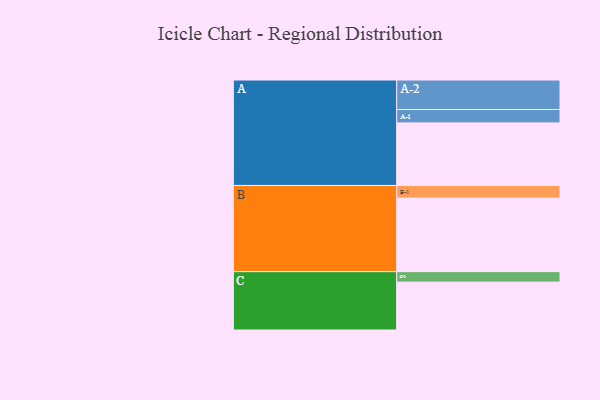
{"axis": {"x": "Segment", "y": "Value"}, "legend": ["", "A", "B", "C"], "data": [{"x": "A", "y": 490, "type": ""}, {"x": "B", "y": 576, "type": ""}, {"x": "C", "y": 375, "type": ""}, {"x": "A-1", "y": 105, "type": "A"}, {"x": "A-2", "y": 231, "type": "A"}, {"x": "B-1", "y": 99, "type": "B"}, {"x": "C-1", "y": 82, "type": "C"}]}